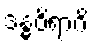
ဒန္ဓဝိရာဂိ